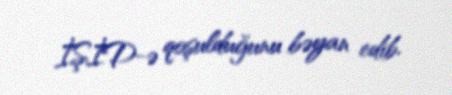
İŞİD-ə qoşulduğunu bəyan edib.